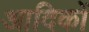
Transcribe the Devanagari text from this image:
आदिकों